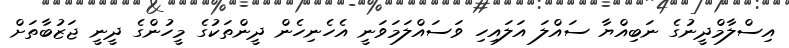
އިސްލާމްދީނުގެ ނަބިއްޔާ ސައްލަ އަލައިހި ވަސައްލަމަވަނީ އެހެނިހެން ދީންތަކުގެ މީހުންގެ ދީނީ ޖަޒުބާތަށް